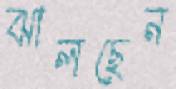
ঝালছেন